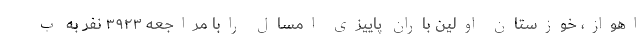
اهواز، خوزستان اولین باران پاییزی امسال رابا مراجعه ۳۹۲۳ نفر به ب